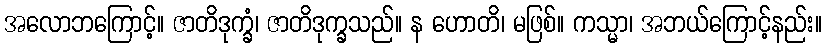
အလောဘကြောင့်။ ဇာတိဒုက္ခံ၊ ဇာတိဒုက္ခသည်။ န ဟောတိ၊ မဖြစ်။ ကသ္မာ၊ အဘယ်ကြောင့်နည်း။